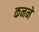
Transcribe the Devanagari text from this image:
कनने